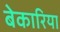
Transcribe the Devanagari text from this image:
बेकारिया